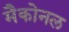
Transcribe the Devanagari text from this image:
मैकोनल